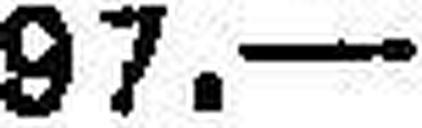
97.—